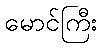
မောင်ကြီး